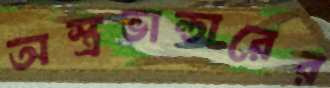
অস্ত্রভান্ডারের